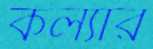
কল্যার